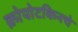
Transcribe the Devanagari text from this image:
क्रोपोटकिनचे